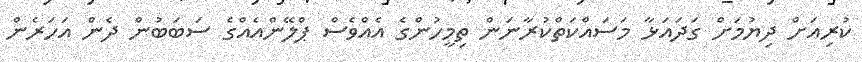
ކުރިއަށް ދިޔުމަށް ގަދައަޅާ މަސައްކަތްކުރާނަން ތިމީހުންގެ އެއްވެސް ޕްލޭންއެއްގެ ސަބަބުން ދެން އަހަރެން